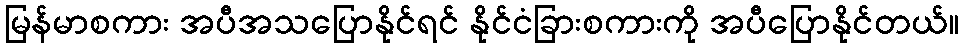
မြန်မာစကား အပီအသပြောနိုင်ရင် နိုင်ငံခြားစကားကို အပီပြောနိုင်တယ်။